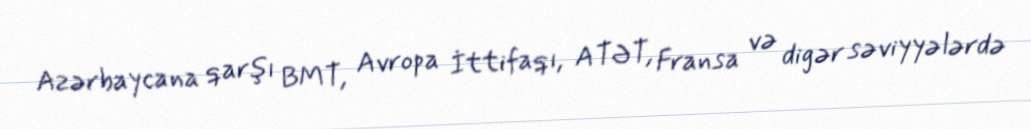
Azərbaycana qarşı BMT, Avropa İttifaqı, ATƏT, Fransa və digər səviyyələrdə